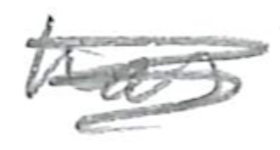
Text: has
Cross-out: scratch
Writing tool: pencil